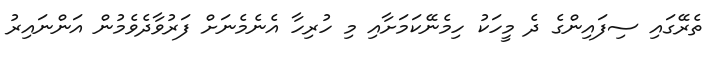
ތެރޭގައި ސިފައިންގެ ދެ މީހަކު ހިމެނޭކަމަށާއި މި ހުރިހާ އެނެމެނަށް ފަރުވާދެވެމުން އަންނައިރު